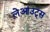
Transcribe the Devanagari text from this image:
लेआउट्स